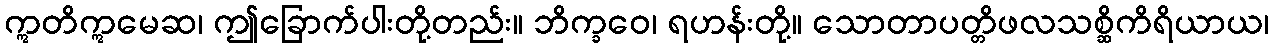
ဣတိဣမေဆ၊ ဤခြောက်ပါးတို့တည်း။ ဘိက္ခဝေ၊ ရဟန်းတို့။ သောတာပတ္တိဖလသစ္ဆိကိရိယာယ၊